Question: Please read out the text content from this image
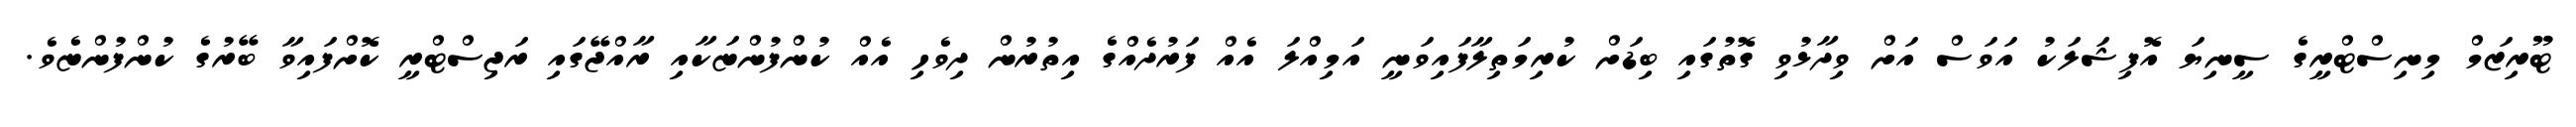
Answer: ޓޫރިޒަމް މިނިސްޓްރީގެ ސީނިޔަ އޮފިޝަލަކު އަވަސް އަށް ވިދާޅުވި ގޮތުގައި ބިޑަށް ކުރިމަތިލާފައިވަނީ އަމިއްލަ އެއް ފަރުދެއްގެ އިތުރުން ދިވެހި އެއް ކުންފުންޏަކާއި ރާއްޖޭގައި ރަޖިސްޓްރީ ކޮށްފައިވާ ބޭރުގެ ކުންފުންޏެވެ.